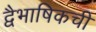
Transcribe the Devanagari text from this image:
द्वैभाषिकची